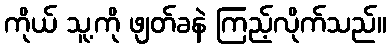
ကိုယ် သူ့ကို ဖျတ်ခနဲ ကြည့်လိုက်သည်။